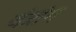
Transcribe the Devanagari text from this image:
यंत्रांग